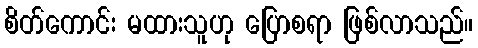
စိတ်ကောင်း မထားသူဟု ပြောစရာ ဖြစ်လာသည်။